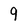
Character: 9